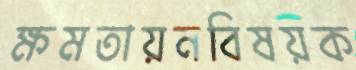
ক্ষমতায়নবিষয়ক